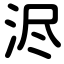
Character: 浕